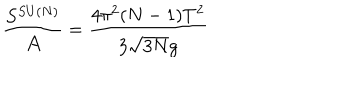
LaTeX: \frac { S ^ { S U ( N ) } } { { \cal A } } = \frac { 4 \pi ^ { 2 } ( N - 1 ) T ^ { 2 } } { 3 \sqrt { 3 N } g }